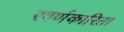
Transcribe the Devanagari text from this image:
स्वर्णकारिता